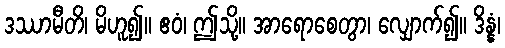
ဒဿာမီတိ၊ မိဟူ၍။ ဧဝံ၊ ဤသို့။ အာရောစေတွာ၊ လျှောက်၍။ ဒိန္နံ၊